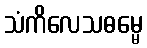
သံကိလေသဓမ္မေ